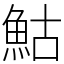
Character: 鮕